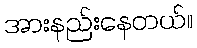
အားနည်းနေတယ်။